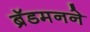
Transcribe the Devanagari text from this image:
ब्रॅडमनने